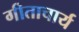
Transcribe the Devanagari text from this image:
गीताचार्य